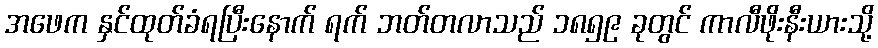
အဖေက နှင်ထုတ်ခံရပြီးနောက် ရက် ဘတ်တလာသည် ၁၈၅၉ ခုတွင် ကာလီဖိုးနီးယားသို့